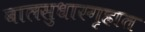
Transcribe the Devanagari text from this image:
बालसुधारगृहात